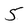
Character: 5